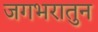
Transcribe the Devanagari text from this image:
जगभरातुन